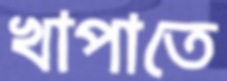
খাপাতে